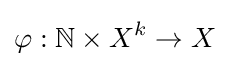
\varphi :\mathbb {N} \times X^{k}\to X